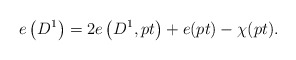
\begin{align*}e\left(D^1\right)=2e\left(D^1,pt\right)+e(pt)-\chi(pt).\end{align*}